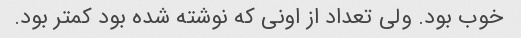
خوب بود. ولی تعداد از اونی که نوشته شده بود کمتر بود.